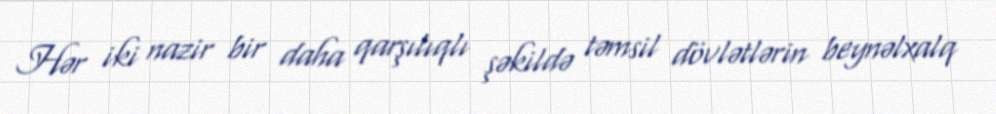
Hər iki nazir bir daha qarşılıqlı şəkildə təmsil dövlətlərin beynəlxalq